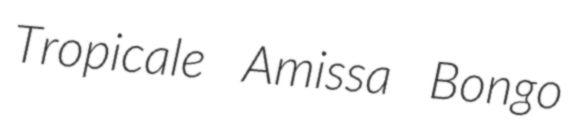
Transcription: Tropicale Amissa Bongo